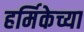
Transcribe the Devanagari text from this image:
हर्मिकेच्या